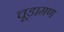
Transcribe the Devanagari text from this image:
चूड़ामण